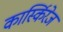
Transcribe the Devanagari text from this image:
कार्स्किरेज